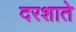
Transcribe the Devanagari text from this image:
दरशाते